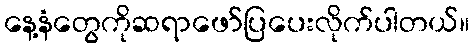
နေ့နံတွေကိုဆရာဖော်ပြပေးလိုက်ပါတယ်။